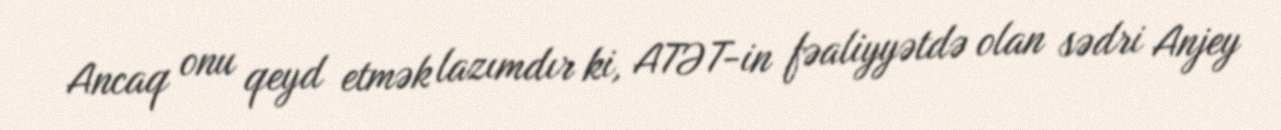
Ancaq onu qeyd etmək lazımdır ki, ATƏT-in fəaliyyətdə olan sədri Anjey